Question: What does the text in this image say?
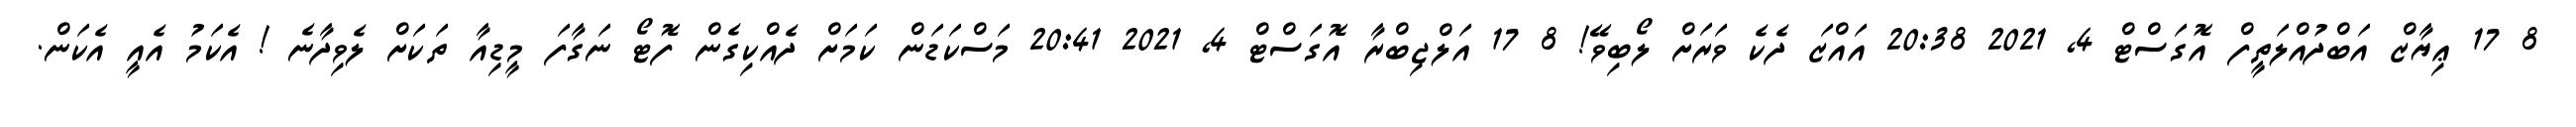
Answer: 8 17 ޢިޔާޒް އަބްދުއްލަތީފް އޮގަސްޓް 4, 2021 20:38 އައްޒަ ދެކެ ވަރަށް ލޯބިވޭ! 8 17 އަލްޖިބްރާ އޮގަސްޓް 4, 2021 20:41 މަސްކަޑަން ކަމަށް ދެއްކިގެން ފޮޓޯ ނަގާފަ މީޑިއާ ތަކަށް ލެވިދާނެ ! އެކަމު އެއީ އެކަން.